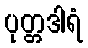
ပုတ္တဒါရံ